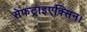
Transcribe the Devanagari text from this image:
सेफट्राइएक्सिन।